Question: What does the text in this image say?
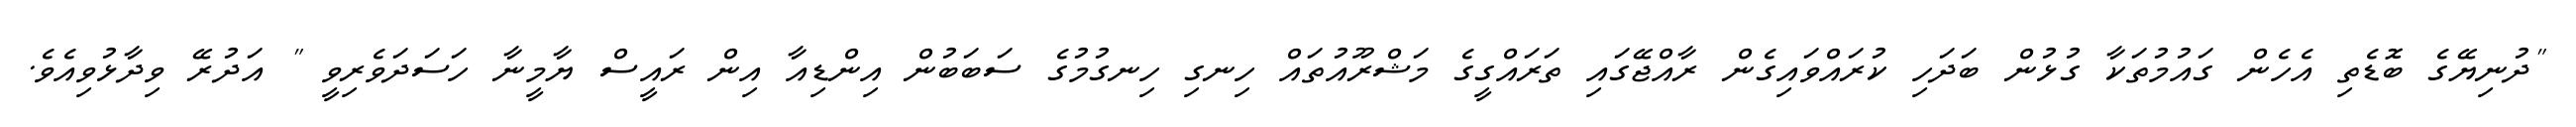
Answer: "ދުނިޔޭގެ ބޮޑެތި އެހެން ގައުމުތަކާ ގުޅުން ބަދަހި ކުރައްވައިގެން ރާއްޖޭގައި ތަރައްގީގެ މަޝްރޫއުތައް ހިނގި ހިނގުމުގެ ސަބަބުން އިންޑިއާ އިން ރައީސް ޔާމީނާ ހަސަދަވެރިވީ " އަދުރޭ ވިދާޅުވިއެވެ.